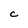
Character: c